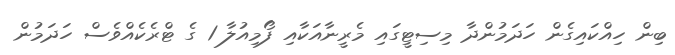
ބިން ހިއްކައިގެން ހަދަމުންދާ މިސިޓީގައި މެރީނާއަކާއި ފޯމިއުލާ 1 ގެ ޓްރެކެއްވެސް ހަދަމުން